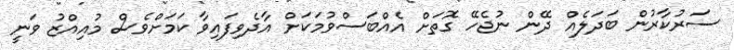
ސަރުކާރުން ބަދަލެއް ދޭން ނުޖެހޭ ގޮތަށް އެއްބަސްވުމަކަށް އާދެވިފައިވާ ކަމަށްވެސް މުއިއްޒު ވަނީ